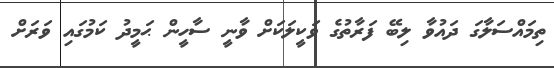
ތިމައްސަލާގަ ދައުވާ ލިބޭ ފަރާތުގެ ވަކީލަކަށް ވާނީ ސާހީން ޙަމީދު ކަމުގައި ވަރަށް